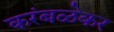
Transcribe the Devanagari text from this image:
करंबळेकर